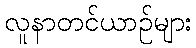
လူနာတင်ယာဉ်များ